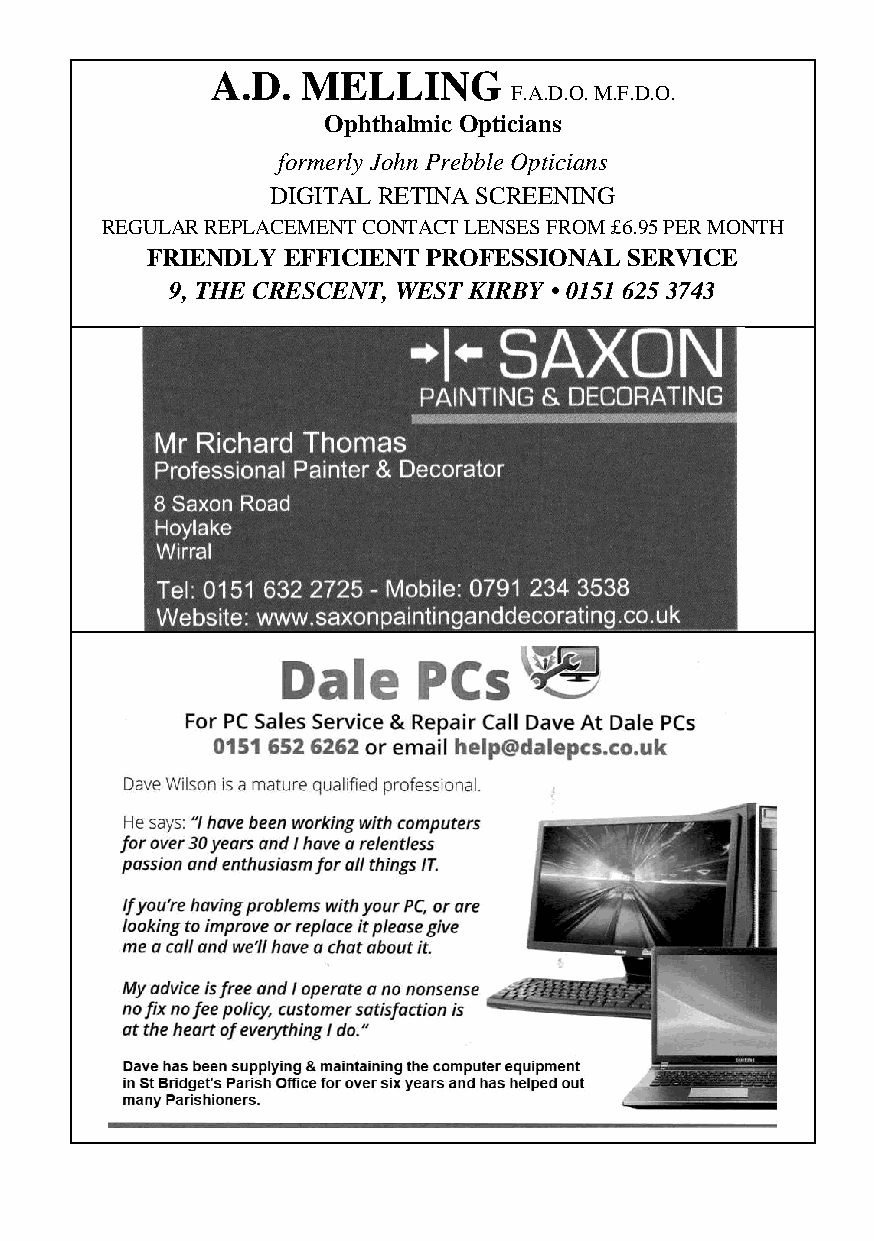
A.D.  MELLING
 F.A.D.O. M.F.D.O.
 Ophthalmic Opticians
 formerly John Prebble Opticians
 DIGITAL RETINA SCREENING
 REGULAR REPLACEMENT CONTACT LENSES FROM £6.95 PER MONTH
 FRIENDLY EFFICIENT PROFESSIONAL SERVICE
 9, THE CRESCENT, WEST KIRBY • 0151 625 3743